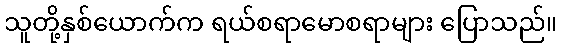
သူတို့နှစ်ယောက်က ရယ်စရာမောစရာများ ပြောသည်။